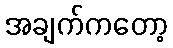
အချက်ကတော့